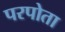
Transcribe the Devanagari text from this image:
परपोता